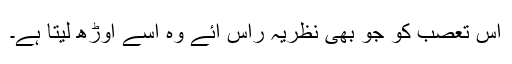
اس تعصب کو جو بھی نظریہ راس آئے وہ اسے اوڑھ لیتا ہے۔